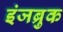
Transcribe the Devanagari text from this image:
इंजब्रुक